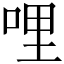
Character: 哩